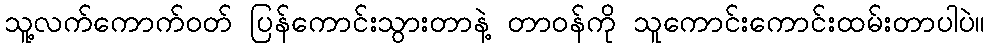
သူ့လက်ကောက်ဝတ် ပြန်ကောင်းသွားတာနဲ့ တာဝန်ကို သူကောင်းကောင်းထမ်းတာပါပဲ။